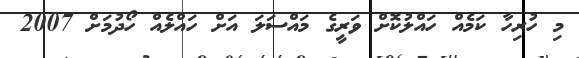
މި ހުރިހާ ކަމެއް ހައްލުކޮށް ވަރީގެ މައްސަލަ އަށް ހައްލެއް ހޯދުމަށް 2007